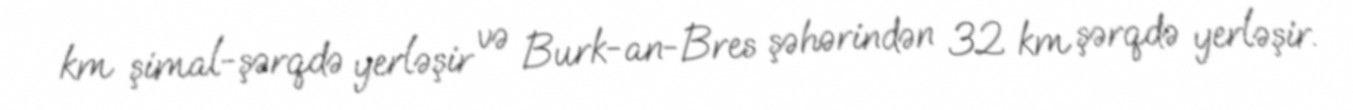
km şimal-şərqdə yerləşir və Burk-an-Bres şəhərindən 32 km şərqdə yerləşir.